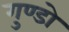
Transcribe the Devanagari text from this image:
गुण्डो